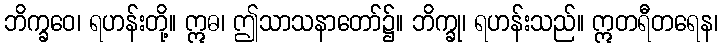
ဘိက္ခဝေ၊ ရဟန်းတို့။ ဣဓ၊ ဤသာသနာတော်၌။ ဘိက္ခု၊ ရဟန်းသည်။ ဣတရီတရေန၊